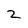
Character: z